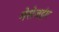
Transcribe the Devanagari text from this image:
मेसेजइंग